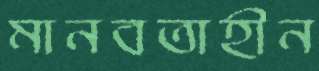
মানবতাহীন